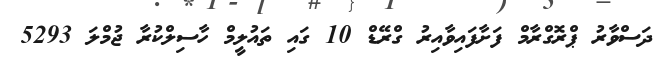
ދަސްވާރު ޕްރޮގްރާމް ފަށާފައިވާއިރު ގްރޭޑް 10 ގައި ތައުލީމް ހާސިލްކުރާ ޖުމްލަ 5293